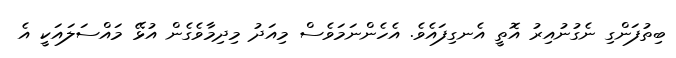
ބިތުފަންގި ނެގުނުއިރު އޮތީ އެނގިފައެވެ. އެހެންނަމަވެސް މިއަދު މިދިމާވެގެން އުޅޭ މައްސަލައަކީ އެ